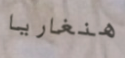
هنغاريا